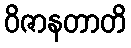
ဝိဇာနတာတိ